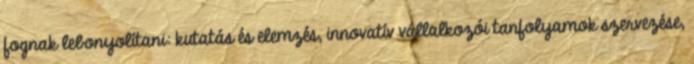
fognak lebonyolítani: kutatás és elemzés, innovatív vállalkozói tanfolyamok szervezése,